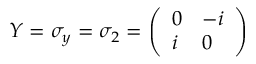
\ Y = \sigma _ { y } = \sigma _ { 2 } = \left( \begin{array} { l l } { 0 } & { - i } \\ { i } & { 0 } \end{array} \right)